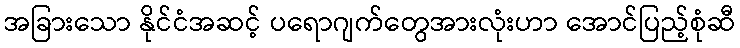
အခြားသော နိုင်ငံအဆင့် ပရောဂျက်တွေအားလုံးဟာ အောင်ပြည့်စုံဆီ